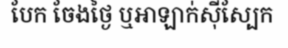
បែក ចែងថ្ងៃ ឬអាឡាក់ស៊ីស្បែក